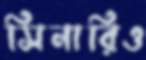
সিনারিও